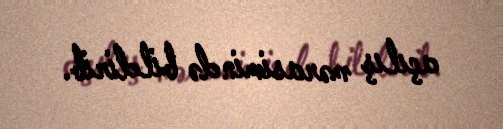
açılış mərasimində bildirib.